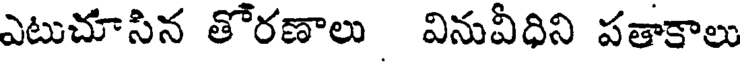
ఎటుచూసిన తోరణాలు వినువీధిని పతాకాలు